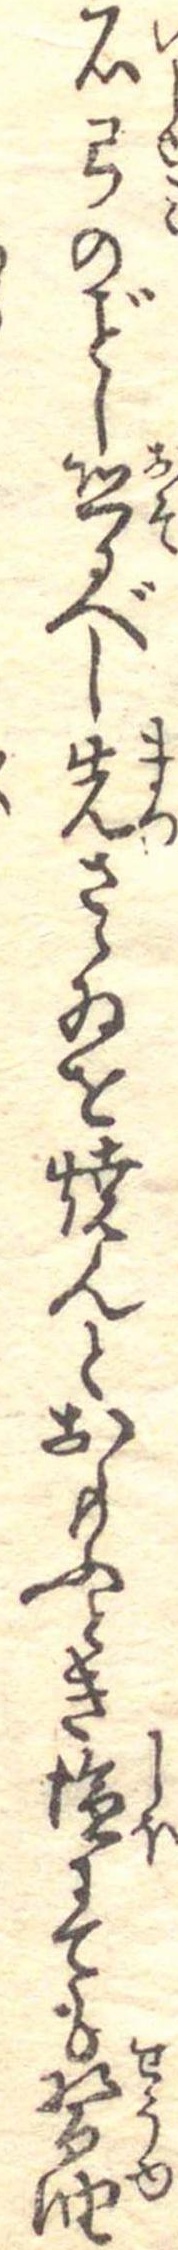
石弓のし恐るべし先さゝゐを焼んとおもふとき塩にても醤油